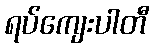
ရပ်ကျေးပါတီ